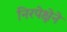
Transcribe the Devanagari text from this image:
निरपेक्षेने